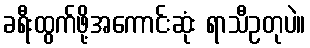
ခရီးထွက်ဖို့အကောင်းဆုံး ရာသီဥတုပဲ။